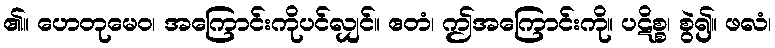
၏။ ဟေတုမေဝ၊ အကြောင်းကိုပင်လျှင်။ ဧတံ၊ ဤအကြောင်းကို။ ပဋိစ္စ၊ စွဲ၍။ ဖလံ၊